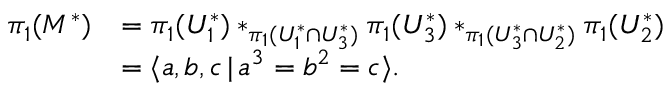
\begin{array} { r l } { \pi _ { 1 } ( M ^ { * } ) } & { = \pi _ { 1 } ( U _ { 1 } ^ { * } ) \ast _ { \pi _ { 1 } ( U _ { 1 } ^ { * } \cap U _ { 3 } ^ { * } ) } \pi _ { 1 } ( U _ { 3 } ^ { * } ) \ast _ { \pi _ { 1 } ( U _ { 3 } ^ { * } \cap U _ { 2 } ^ { * } ) } \pi _ { 1 } ( U _ { 2 } ^ { * } ) } \\ & { = \langle a , b , c \, | \, a ^ { 3 } = b ^ { 2 } = c \rangle . } \end{array}